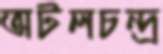
অটলচন্দ্র